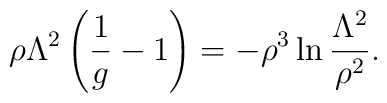
\rho\Lambda^2\left(\frac{1}{g}-1\right)=          - \rho^3\ln\frac{\Lambda^2}{\rho^2}.